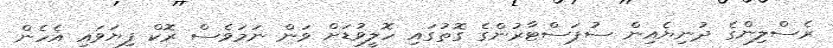
ރެސްލިންގެ ދުނިޔެއިން ސުޕަސްޓާރުންގެ ގޮތުގައި ހޮލީވުޑަށް ވަން ނަމަވެސް ރޮކް ފިޔަވައި އެހެން